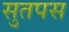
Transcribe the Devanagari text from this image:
सुतपस